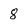
Character: 8